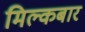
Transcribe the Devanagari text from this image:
मिल्कबार